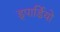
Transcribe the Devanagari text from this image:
ड्पार्डियो